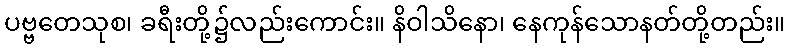
ပဗ္ဗတေသုစ၊ ခရီးတို့၌လည်းကောင်း။ နိဝါသိနော၊ နေကုန်သောနတ်တို့တည်း။